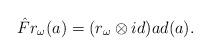
LaTeX: \begin{align*}\hat F r_{\omega}(a)=(r_{\omega}\otimes id)ad(a).\end{align*}